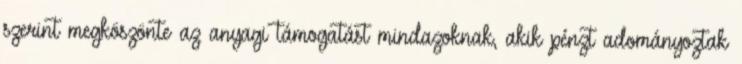
szerint megköszönte az anyagi támogatást mindazoknak, akik pénzt adományoztak